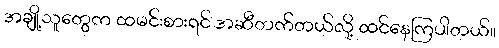
အချို့သူတွေက ထမင်းစားရင် အဆီတက်တယ်လို့ ထင်နေကြပါတယ်။